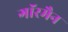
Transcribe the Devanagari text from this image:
गाॅरमैन